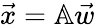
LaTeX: {\vec{x}}=\mathbb{A}{\vec{w}}